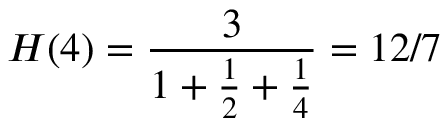
H ( 4 ) = { \frac { 3 } { 1 + { \frac { 1 } { 2 } } + { \frac { 1 } { 4 } } } } = 1 2 / 7